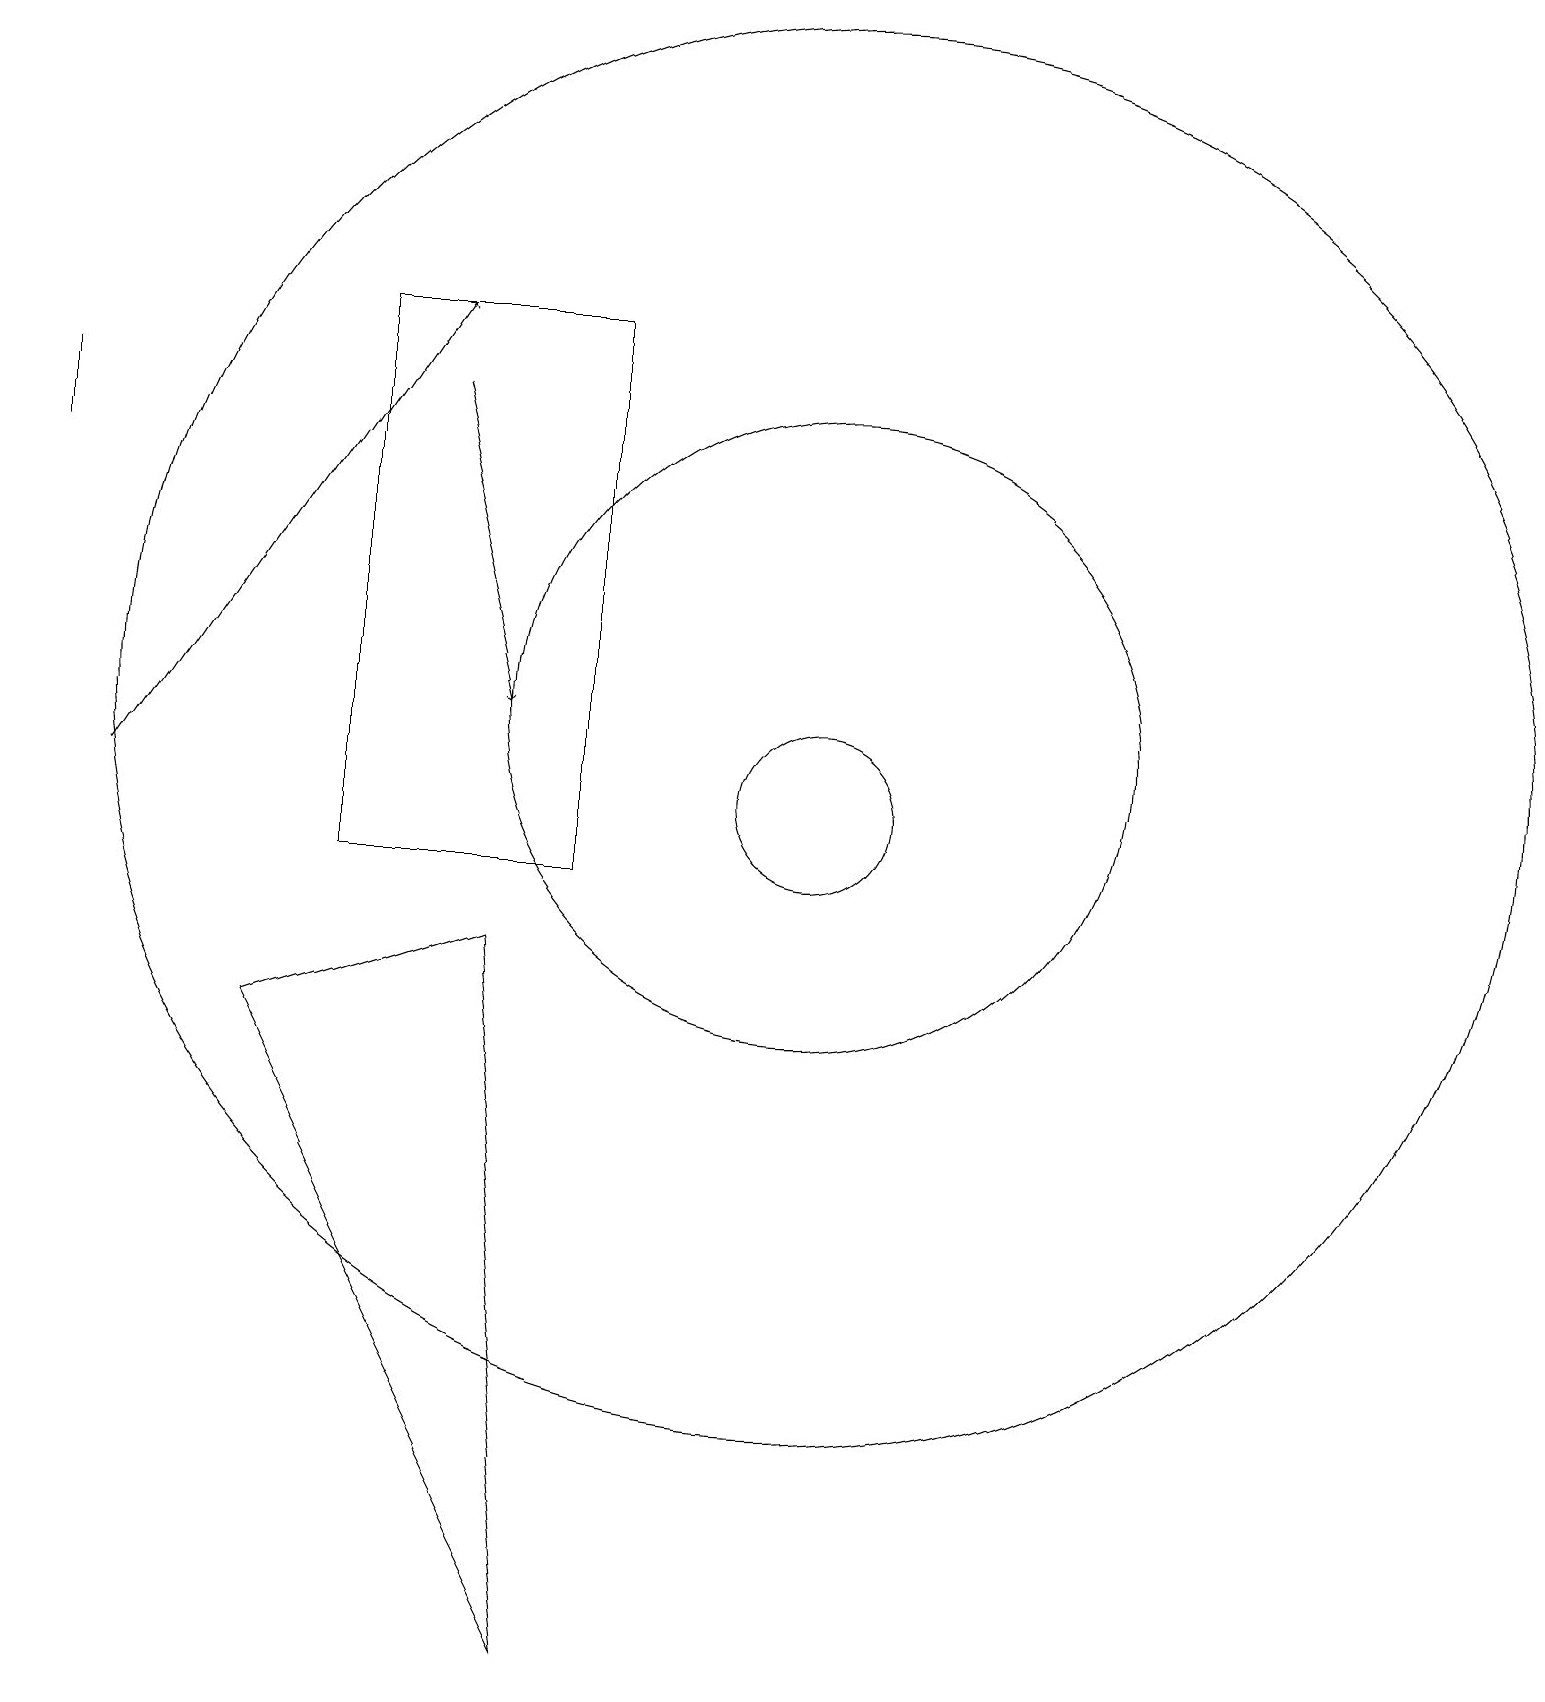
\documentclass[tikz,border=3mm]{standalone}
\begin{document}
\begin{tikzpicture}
\draw (1,16) rectangle (1,15);
\draw (11,12) circle (9);
\draw[->] (6,16) -- (7,12);
\draw[->] (2,11) -- (6,17);
\draw (5,10) rectangle (8,17);
\draw (4,8) -- (8,0) -- (7,9) -- cycle;
\draw (11,12) circle (4);
\draw (11,11) circle (1);
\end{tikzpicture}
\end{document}